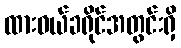
ထားဝယ်ခရိုင်အတွင်းရှိ